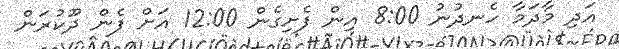
އަދި މާދަމާ ހެނދުނު 8:00 އިން ފެށިގެން 12:00 އަށް ފެން ދޫކުރަން